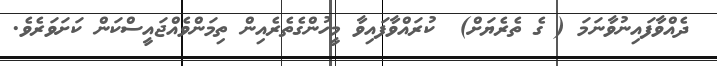
ދެއްވާފައިނުވާނަމަ ( ގެ ތެރެޔަށް)  ކުރައްވާފައިވާ މީހުންގެތެރެއިން ތިމަންވެއްޖައީސްކަން ކަށަވަރެވެ.